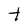
Character: t